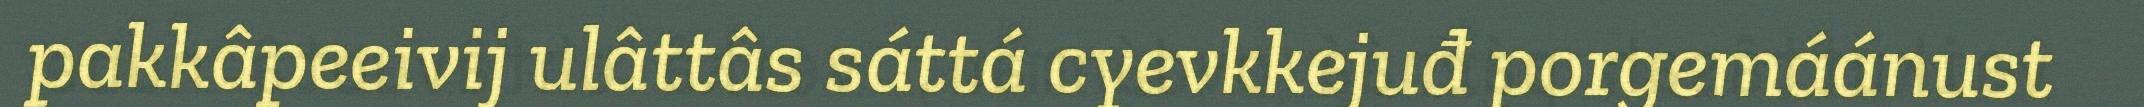
pakkâpeeivij ulâttâs sáttá cyevkkejuđ porgemáánust